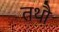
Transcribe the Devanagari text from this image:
तथौ